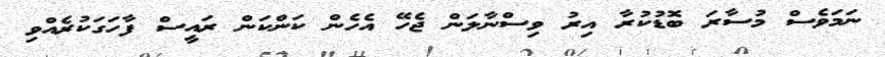
ނަމަވެސް މުސާރަ ބޮޑުކުރާ އިރު ވިސްނާލަން ޖެހޭ އެހެން ކަންކަން ރައީސް ފާހަގަކުރެއްވި